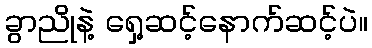
ခွာညိုနဲ့ ရှေ့ဆင့်နောက်ဆင့်ပဲ။